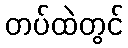
တပ်ထဲတွင်